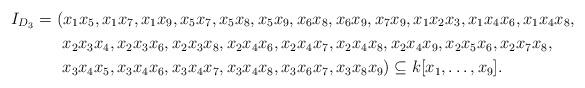
LaTeX: \begin{align*}I_{D_3} = \ &(x_1 x_5, x_1 x_7, x_1 x_9, x_5 x_7, x_5 x_8, x_5 x_9, x_6 x_8, x_6 x_9, x_7 x_9, x_1 x_2 x_3, x_1 x_4 x_6, x_1 x_4 x_8, \\&\ x_2 x_3 x_4, x_2 x_3 x_6, x_2 x_3 x_8, x_2 x_4 x_6, x_2 x_4 x_7, x_2 x_4 x_8, x_2 x_4 x_9, x_2 x_5 x_6, x_2 x_7 x_8, \\ &\ x_3 x_4 x_5, x_3 x_4 x_6, x_3 x_4 x_7, x_3 x_4 x_8, x_3 x_6 x_7, x_3 x_8 x_9) \subseteq k[x_1,\dots,x_9].\end{align*}